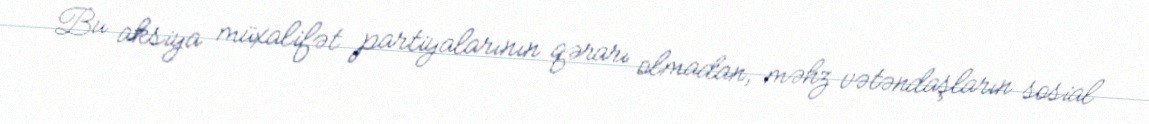
Bu aksiya müxalifət partiyalarının qərarı olmadan, məhz vətəndaşların sosial